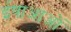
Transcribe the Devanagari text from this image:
ईषाआओं